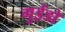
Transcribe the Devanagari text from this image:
गुईडो